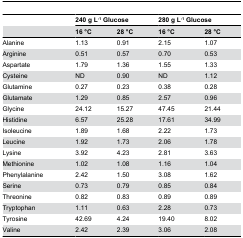
|  | <COLSPAN=2> 240 g L-1 Glucose | <COLSPAN=2> 280 g L-1 Glucose |
 |  | 16 °C | 28 °C | 16 °C | 28 °C |
 | --- | --- | --- | --- | --- |
 | Alanine | 1.13 | 0.91 | 2.15 | 1.07 |
 | Arginine | 0.51 | 0.57 | 0.70 | 0.53 |
 | Aspartate | 1.79 | 1.36 | 1.55 | 1.33 |
 | Cysteine | ND | 0.90 | ND | 1.12 |
 | Glutamine | 0.27 | 0.23 | 0.38 | 0.28 |
 | Glutamate | 1.29 | 0.85 | 2.57 | 0.96 |
 | Glycine | 24.12 | 15.27 | 47.45 | 21.44 |
 | Histidine | 6.57 | 25.28 | 17.61 | 34.99 |
 | Isoleucine | 1.89 | 1.68 | 2.22 | 1.73 |
 | Leucine | 1.92 | 1.73 | 2.06 | 1.78 |
 | Lysine | 3.92 | 4.23 | 2.81 | 3.63 |
 | Methionine | 1.02 | 1.08 | 1.16 | 1.04 |
 | Phenylalanine | 2.42 | 1.50 | 3.08 | 1.62 |
 | Serine | 0.73 | 0.79 | 0.85 | 0.84 |
 | Threonine | 0.82 | 0.83 | 0.89 | 0.89 |
 | Tryptophan | 1.11 | 0.63 | 2.28 | 0.73 |
 | Tyrosine | 42.69 | 4.24 | 19.40 | 8.02 |
 | Valine | 2.42 | 2.39 | 3.06 | 2.08 |